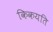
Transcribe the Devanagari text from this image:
किकयति